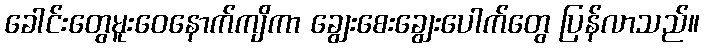
ခေါင်းတွေမူးဝေနောက်ကျိကာ ချွေးစေးချွေးပေါက်တွေ ပြန်လာသည်။